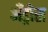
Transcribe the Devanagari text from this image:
अँड्रीस